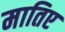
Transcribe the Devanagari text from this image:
मातिए